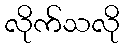
လိုက်သလို